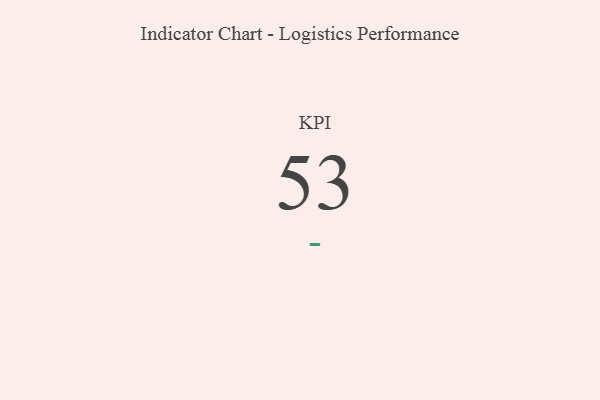
{"axis": {"x": "KPI", "y": "Value"}, "legend": [""], "data": [{"x": "KPI", "y": 53, "type": ""}]}